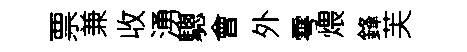
票兼收湧驄會外雩煨鋒芙